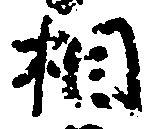
相